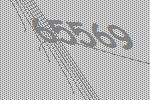
65569